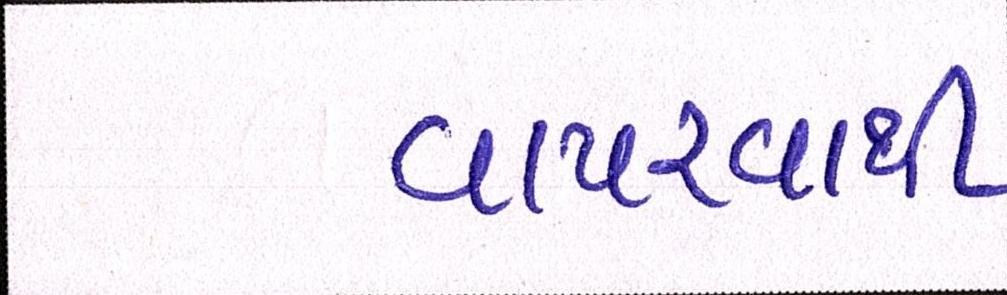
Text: વાપરવાથી